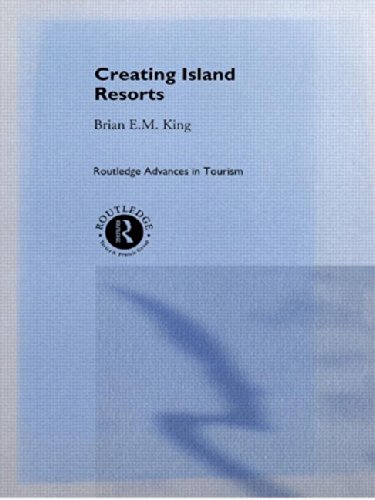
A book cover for Creating Island Resorts (Routledge Advances in Tourism); Brian King; Travel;